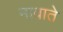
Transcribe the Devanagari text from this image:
नावाते